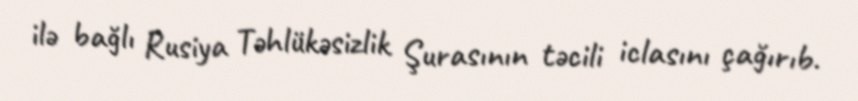
ilə bağlı Rusiya Təhlükəsizlik Şurasının təcili iclasını çağırıb.